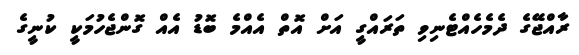
ރާއްޖޭގެ ދެމެހެއްޓެނިވި ތަރައްގީ އަށް އޮތް އެއްމެ ބޮޑު އެއް ގޮންޖެހުމަކީ ކުނީގެ